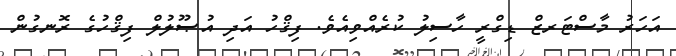
އަހަރު މާސްޓަރޒް ޑިގްރީ ހާސިލު ކުރެއްވިއެވެ. ފިޤްހު އަދި އުޞޫލުލް ފިޤްހުގެ ރޮނގުން